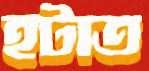
হটাত